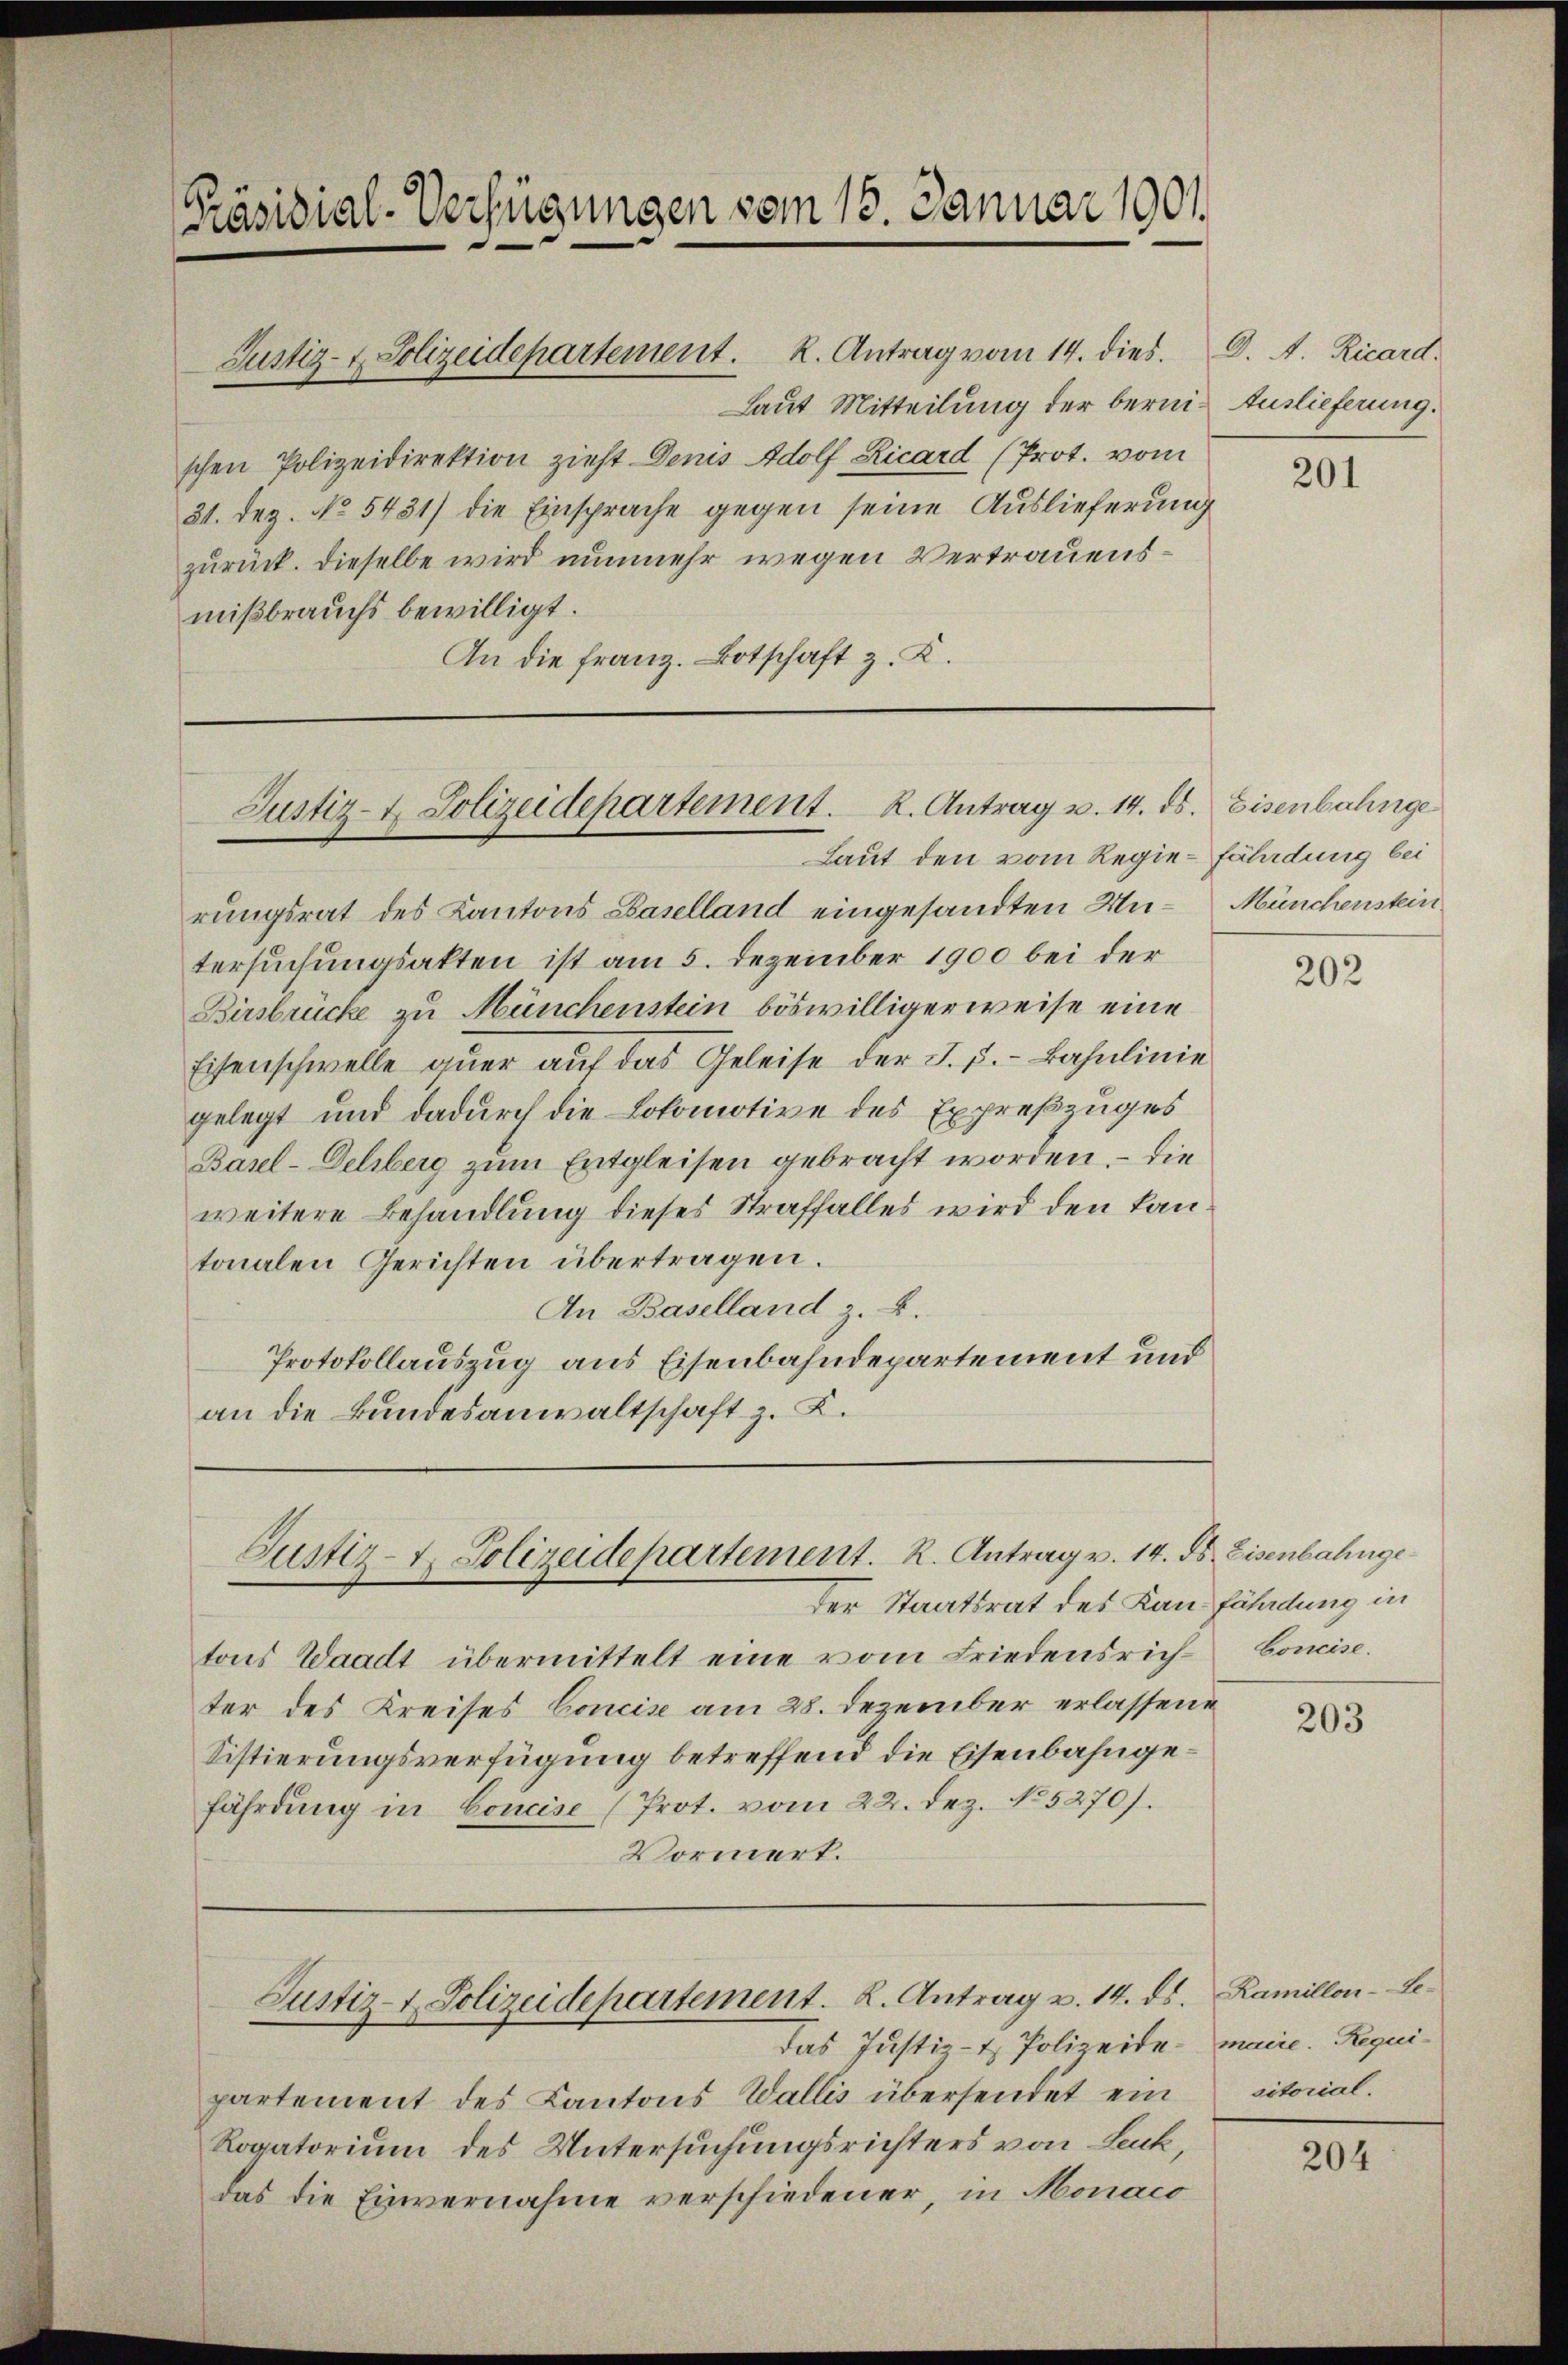
Präsidial-Verfügungen vom 15. Januar 1901

Justiz- & Polizeidepartement. K. Antrag vom 14. dies. D. A. Ricard.
Laut Mitteilung der berni- Auslieferung.
schen Polizeidirektion zieht Denis Adolf Ricard (Prot. vom
31. Dez. No. 5431) die Einsprache gegen seine Auslieferung
zurück. Dieselbe wird nunmehr wegen Vertrauensmißbrauchs bewilligt.
An die franz. Botschaft z. K.

Justiz- & Polizeidepartement. K. Antrag u. 14. ds. Eisenbahnge

Justiz-t. Polizeidepartement. R. Antrag v. 14. ds. Eisenbahnge

Justiz- & Polizeidepartement. K. Antrag v. 14. ds. Ramillon - Le¬

das Justiz- & Polizeide.
partement des Kantons Wallis übersendet ein
Rogatorium des Untersuchungsrichters von Leuk,
das die Einvernahme verschiedener, in Monaco

Laut den vom Regie-Fährdung bei
rungsrat des Kantons Baselland eingesandten Un- Münchenstein
tersuchungsakten ist am 5. Dezember 1900 bei der
Birsbrücke zu Münchenstein böswilligerweise eine
Eisenschwelle auer auf das Geleise der I. 5.- Bahnlinie
gelegt und dadurch die Lokomotive des Expreßzuges
Basel-Deliberg zum Entgleisen gebracht worden. – Die
weitere Behandlung dieses Straffalles wird den kantonalen Gerichten übertragen.
An Baselland z. B.
Protokollauszug aus Eisenbahndepartement und
an die Bundesanwaltschaft z. K.

der Staatsrat des Kan fährdung in
tons Waadt übermittelt eine vom Friedensrichter des Kreises Concise am 28. Dezember erlassene
Sistierungsverfügung betreffend die Eisenbahngefährdung in Concise (Prot. vom 22. Dez. No 5270).
Vormerk.

201

202

Coneise.

203

maire. Requisitorial.

204